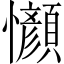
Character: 𫻤